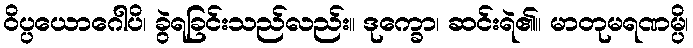
ဝိပ္ပယောဂေါပိ၊ ခွဲရခြင်းသည်လည်း။ ဒုက္ခော၊ ဆင်းရဲ၏။ မာတုမရဏမ္ပိ၊